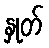
နှုတ်